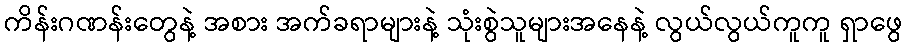
ကိန်းဂဏန်းတွေနဲ့ အစား အက်ခရာများနဲ့ သုံးစွဲသူများအနေနဲ့ လွယ်လွယ်ကူကူ ရှာဖွေ